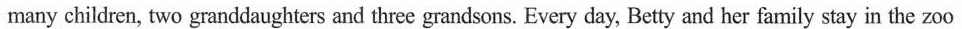
many children, two granddaughters and three grandsons. Every day, Betty and her family stay in the zoo